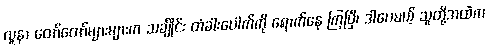
လူနာ တော်တော်များများက သင်္ချိုင်း တံခါးပေါက်ကို ရောက်နေ ကြပြီ၊ ဒါပေမယ့် သူတို့အထဲက